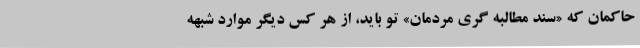
حاکمان که «سند مطالبه گری مردمان» تو باید، از هر کس دیگر موارد شبهه